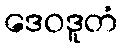
ဒေဝဒူတံ